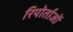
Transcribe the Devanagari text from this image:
रिपोर्ताजों